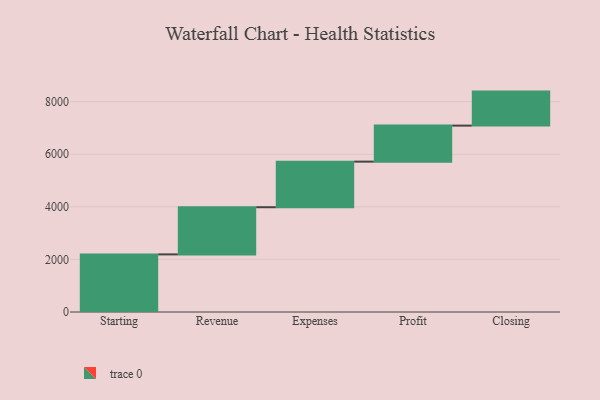
{"axis": {"x": "Step", "y": "Value"}, "legend": [""], "data": [{"x": "Starting", "y": 2191.0, "type": ""}, {"x": "Revenue", "y": 1795.0, "type": ""}, {"x": "Expenses", "y": 1734.0, "type": ""}, {"x": "Profit", "y": 1370.0, "type": ""}, {"x": "Closing", "y": 1294.0, "type": ""}]}